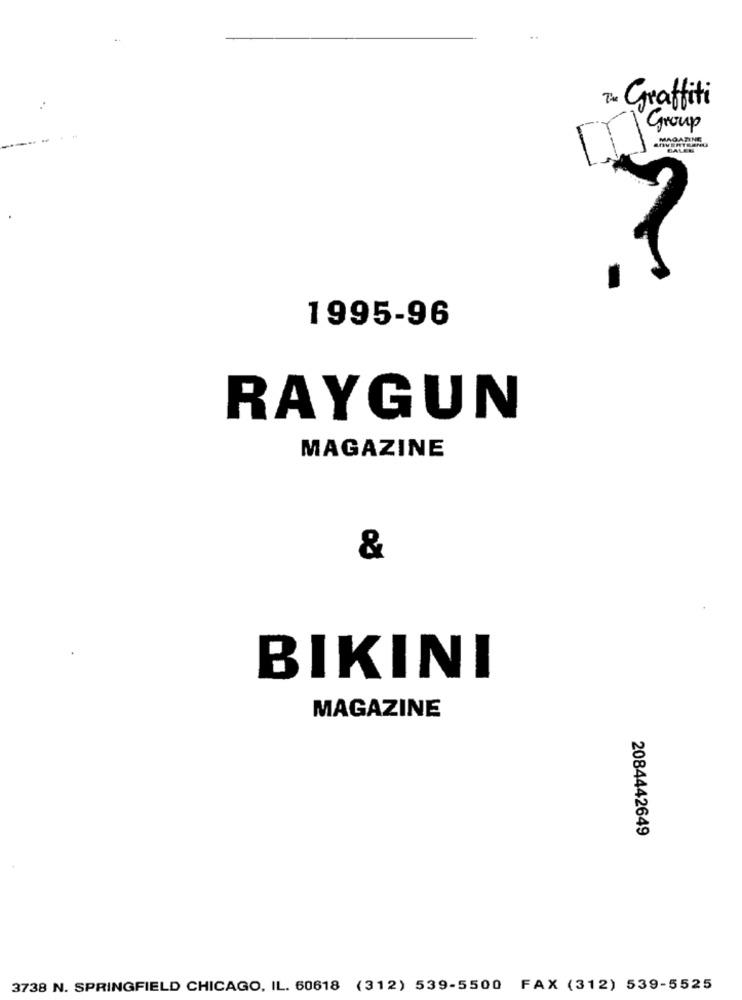
Graffiti
Group
SOVERTRENU
MAGASINE
BALEN
1995-96
RAYGUN
MAGAZINE
&
BIKINI
MAGAZINE
2084442649
3738 N. SPRINGFIELD CHICAGO, IL. 60618 (312) 539-5500 FAX (312) 539-5525